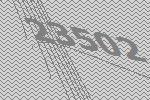
23502